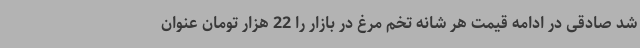
شد صادقی در ادامه قیمت هر شانه تخم مرغ در بازار را 22 هزار تومان عنوان